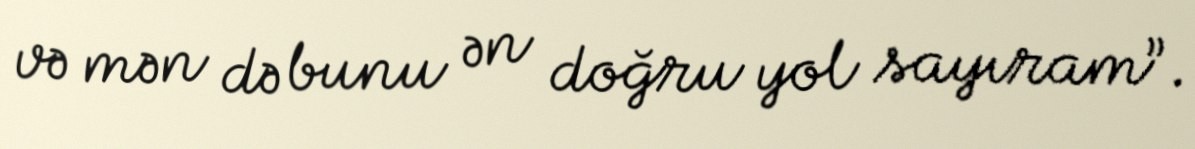
və mən də bunu ən doğru yol sayıram”.